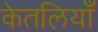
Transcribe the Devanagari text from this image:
केतलियाँ